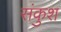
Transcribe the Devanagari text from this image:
संकुश